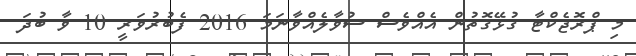
މި ޕްރޮޖެކްޓާ ގުޅޭގޮތުން އެއްވެސް ސުވާލެއްވާނަމަ 2016 ފެބުރުވަރީ 10 ވާ ބުދަ